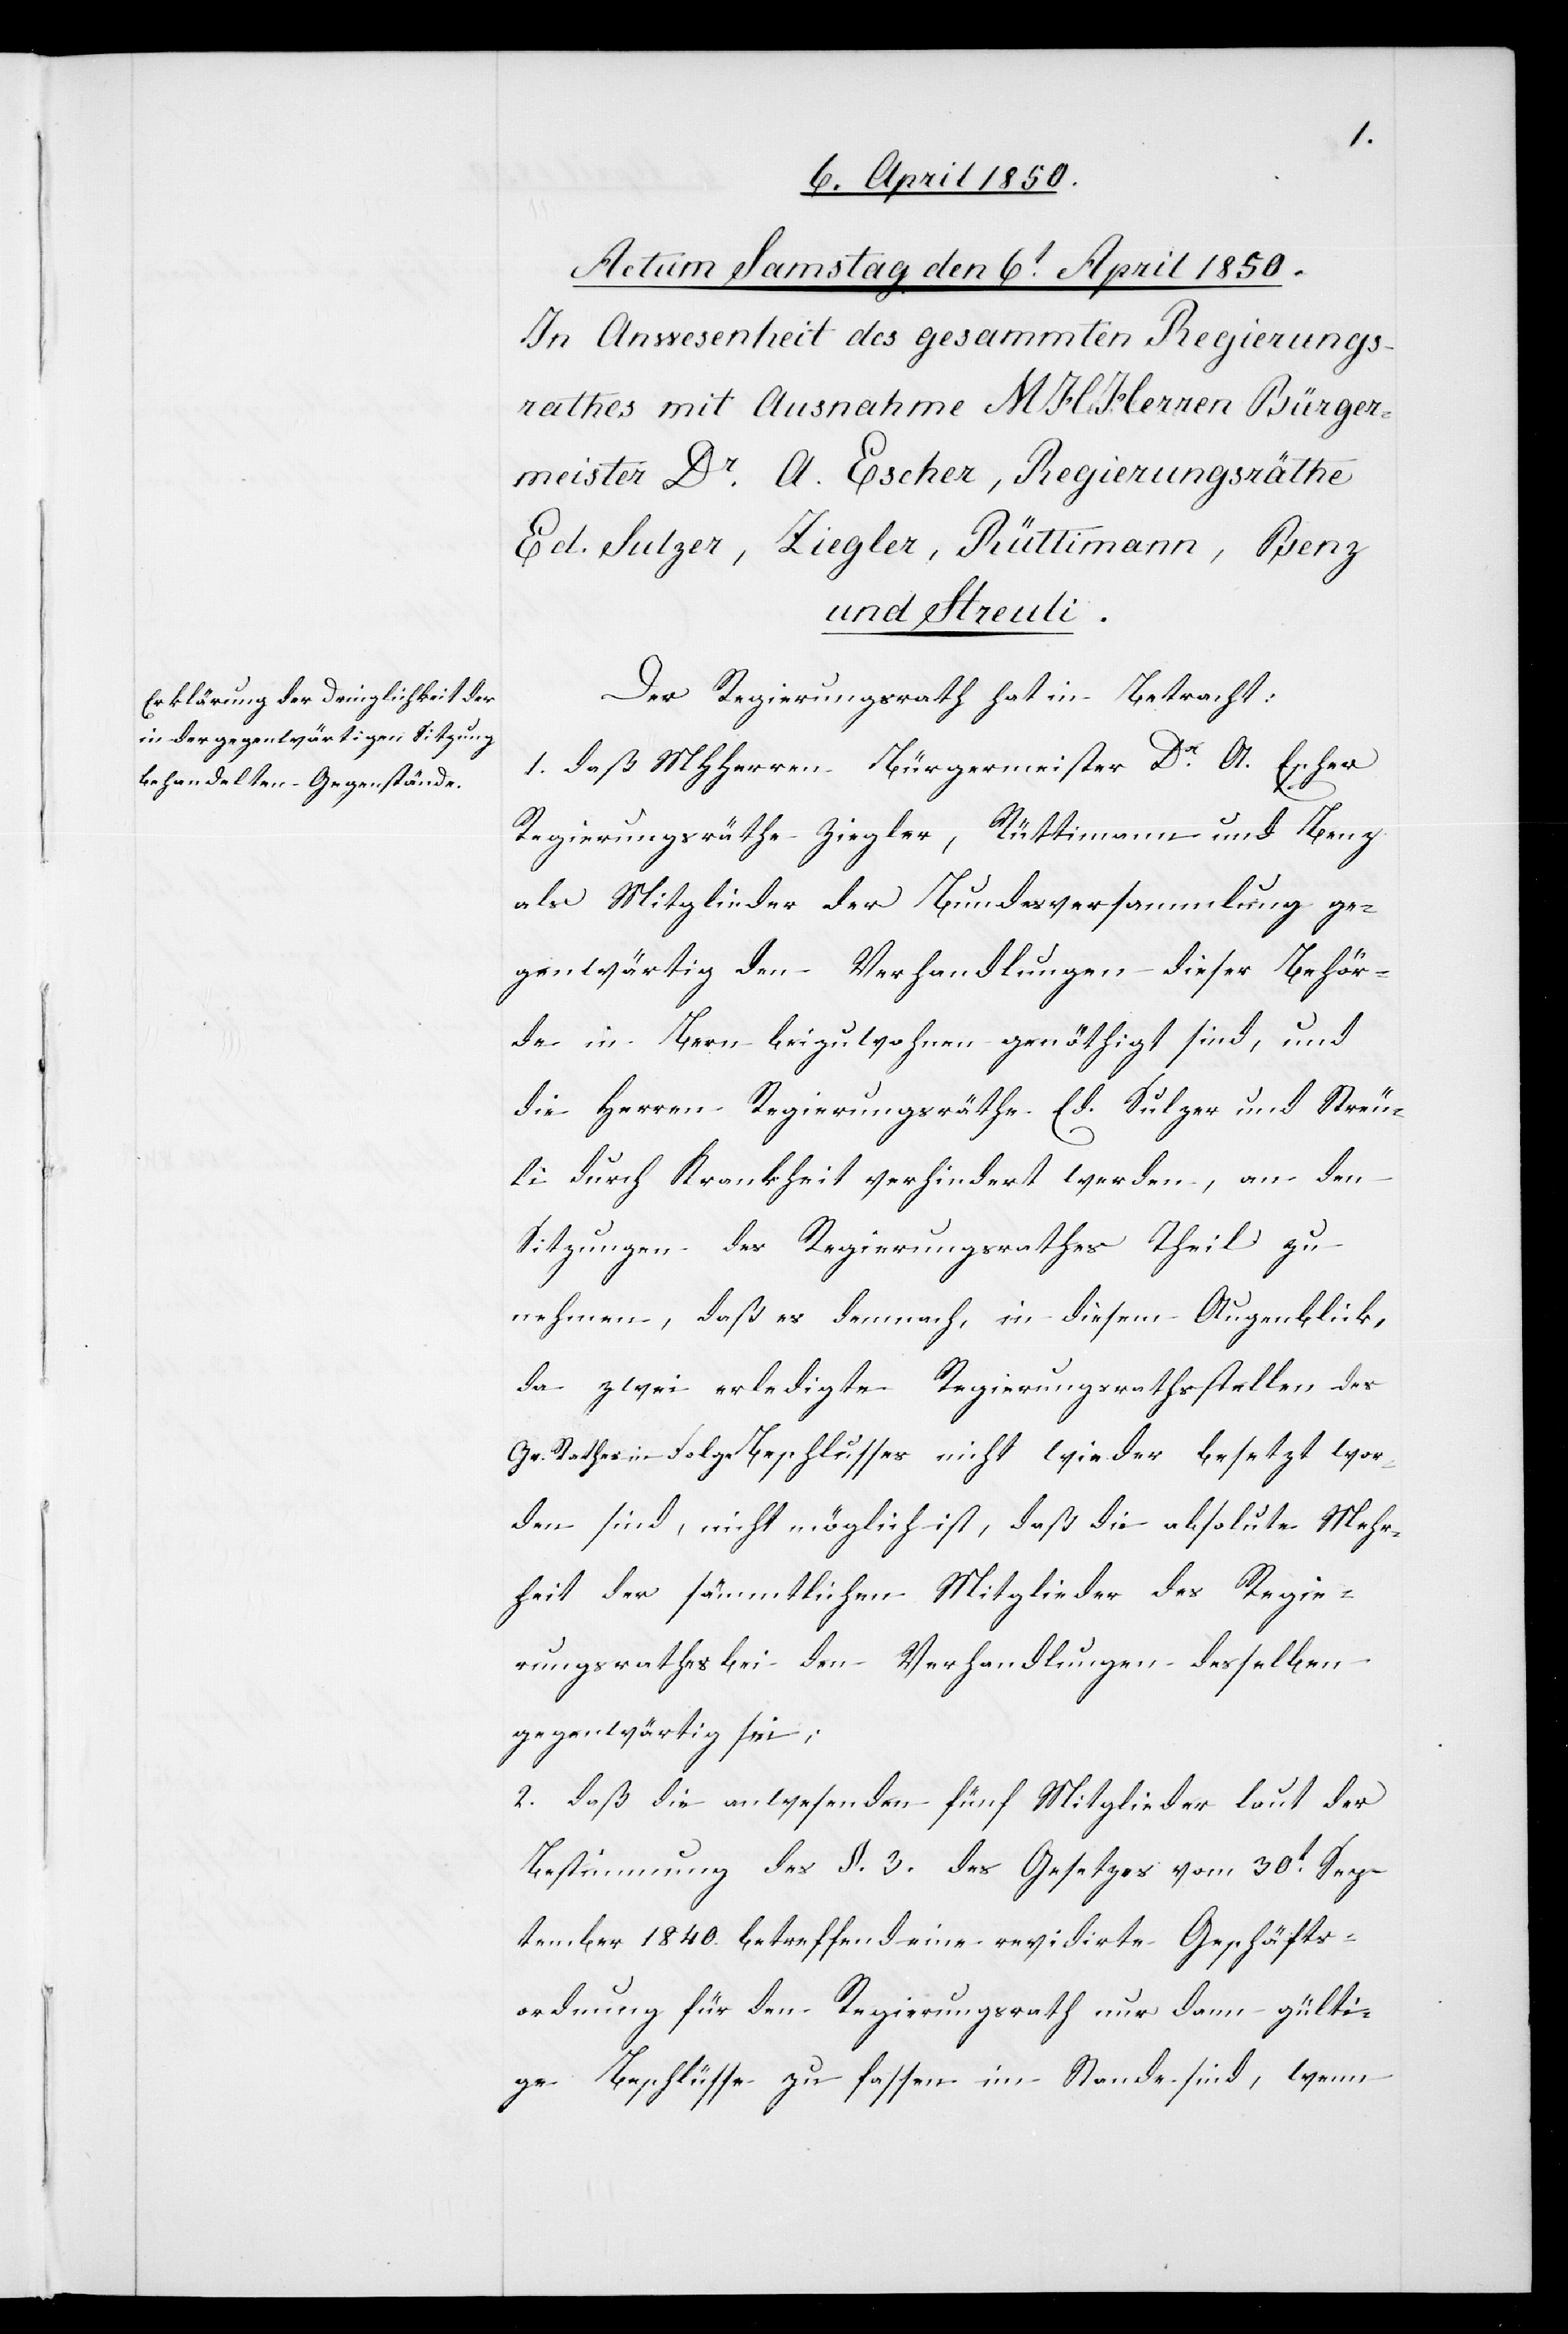
Der Regierungsrath hat in Betracht:
1. Daß MHHerren Bürgermeister Dr A. Escher[,]
Regierungsräthe Ziegler, Rüttimann und Benz
als Mitglieder der Bundesversammlung ge¬
genwärtig den Verhandlungen dieser Behör¬
de in Bern beizuwohnen genöthigt sind, und
die Herren Regierungsräthe Ed. Sulzer und Streu¬
li durch Krankheit verhindert werden, an den
Sitzungen des Regierungsrathes Theil zu
nehmen, daß es demnach, in diesem Augenblick,
da zwei erledigte Regierungsrathsstellen des
Gr. Rathes in Folge Beschlusses nicht wieder besetzt wor¬
den sind, nicht möglich ist, daß die absolute Mehr¬
heit der sämmtlichen Mitglieder des Regie¬
rungsrathes bei den Verhandlungen desselben
gegenwärtig sei;
2. Daß die anwesenden fünf Mitglieder laut der
Bestimmung des §. 3. des Gesetzes vom 30t Sep¬
tember 1840. betreffend eine revidirte Geschäfts¬
ordnung für den Regierungsrath nur dann gülti¬
ge Beschlüsse zu fassen im Stande sind, wenn